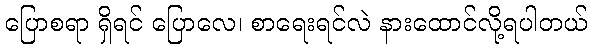
ပြောစရာ ရှိရင် ပြောလေ၊ စာရေးရင်လဲ နားထောင်လို့ရပါတယ်